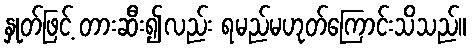
နှုတ်ဖြင့် တားဆီး၍လည်း ရမည်မဟုတ်ကြောင်းသိသည်။